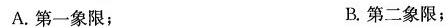
A.第一象限；B.第二象限；